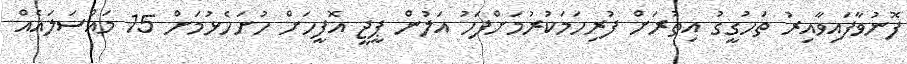
ފޮނުވާފައިވާއިރު ތަހުގީގު އިތުރަށް ފުރިހަމަކުރުމަށްފަހު އަލުން ޕީޖީ އޮފީހަށް ހުށަހެޅުމަށް 15 މައްސަލައެއް